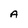
Character: A